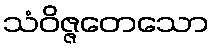
သံဝိဇ္ဇတေသော